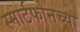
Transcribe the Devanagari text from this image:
स्मार्टफोनच्या